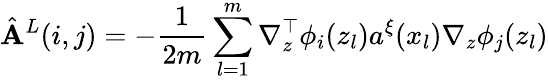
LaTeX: \hat{\mathbf{A}}^{L}(i,j)=-\frac{1}{2m}\sum_{l=1}^{m}\nabla_{z}^{\top}\phi_{i}(z_{l})a^{\xi}(x_{l})\nabla_{z}\phi_{j}(z_{l})